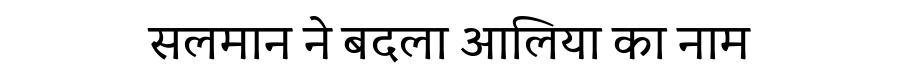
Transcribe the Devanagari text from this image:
सलमान ने बदला आलिया का नाम